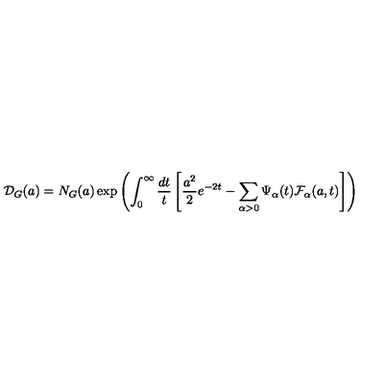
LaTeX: \mathcal { D } _ { G } ( a ) = N _ { G } ( a ) \exp \left( \int _ { 0 } ^ { \infty } \frac { d t } { t } \left[ \frac { a ^ { 2 } } { 2 } e ^ { - 2 t } - \sum _ { \alpha > 0 } \Psi _ { \alpha } ( t ) \mathcal { F } _ { \alpha } ( a , t ) \right] \right)